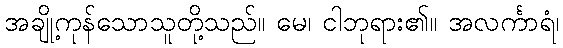
အချို့ကုန်သောသူတို့သည်။ မေ၊ ငါဘုရား၏။ အလင်္ကာရံ၊